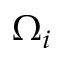
\Omega _ { i }